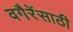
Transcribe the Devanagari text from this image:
वगैरेंसाठी